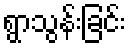
ရွာသွန်းခြင်း